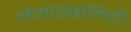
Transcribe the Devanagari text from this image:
मेमोरेबलिटी